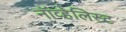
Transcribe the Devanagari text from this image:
नॉव्हेलिस्ट